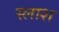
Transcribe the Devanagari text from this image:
स्लाश